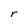
Character: r